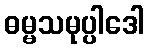
ဓမ္မသမုပ္ပါဒေါ